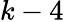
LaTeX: k-4